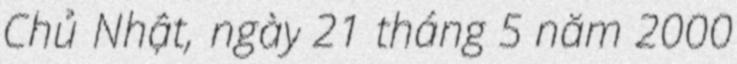
Chủ Nhật, ngày 21 tháng 5 năm 2000